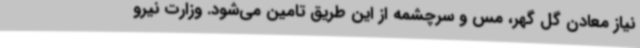
نیاز معادن گل گهر، مس و سرچشمه از این طریق تامین می‌شود. وزارت نیرو